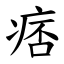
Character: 痞